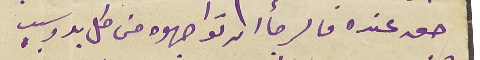
حق عنده فالرجأ ان تواجهوه من كل بد وسبب